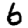
Digit: 6